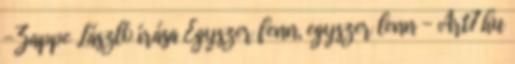
-Zappe László írása Egyszer fenn, egyszer lenn - Art7.hu